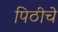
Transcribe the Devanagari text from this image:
पिठीचे